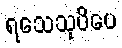
ရသေသုပိပေ